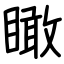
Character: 瞰